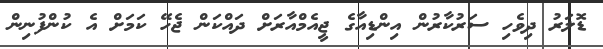
ޑޮލަރު ދިވެހި ސަރުކާރުން އިންޑިއާގެ ޖީއެމްއާރަށް ދައްކަން ޖެހޭ ކަމަށް އެ ކުންފުނިން